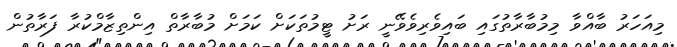
މިއަހަރު ބާއްވާ މިމުބާރާތުގައި ބައިވެރިވެވޭނީ ރަށު ޓީމުތަކަށް ކަމަށް މުބާރާތް އިންތިޒާމްކުރާ ފަރާތުން